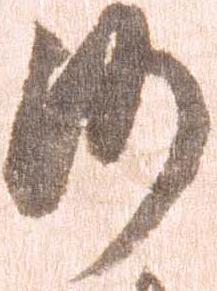
沙